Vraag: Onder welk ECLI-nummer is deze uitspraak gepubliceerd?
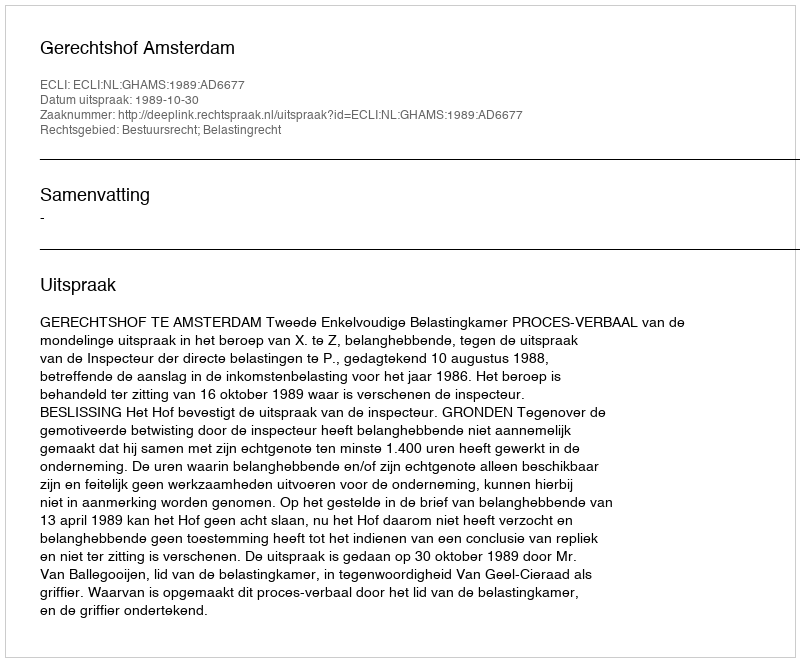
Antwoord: ECLI:NL:GHAMS:1989:AD6677